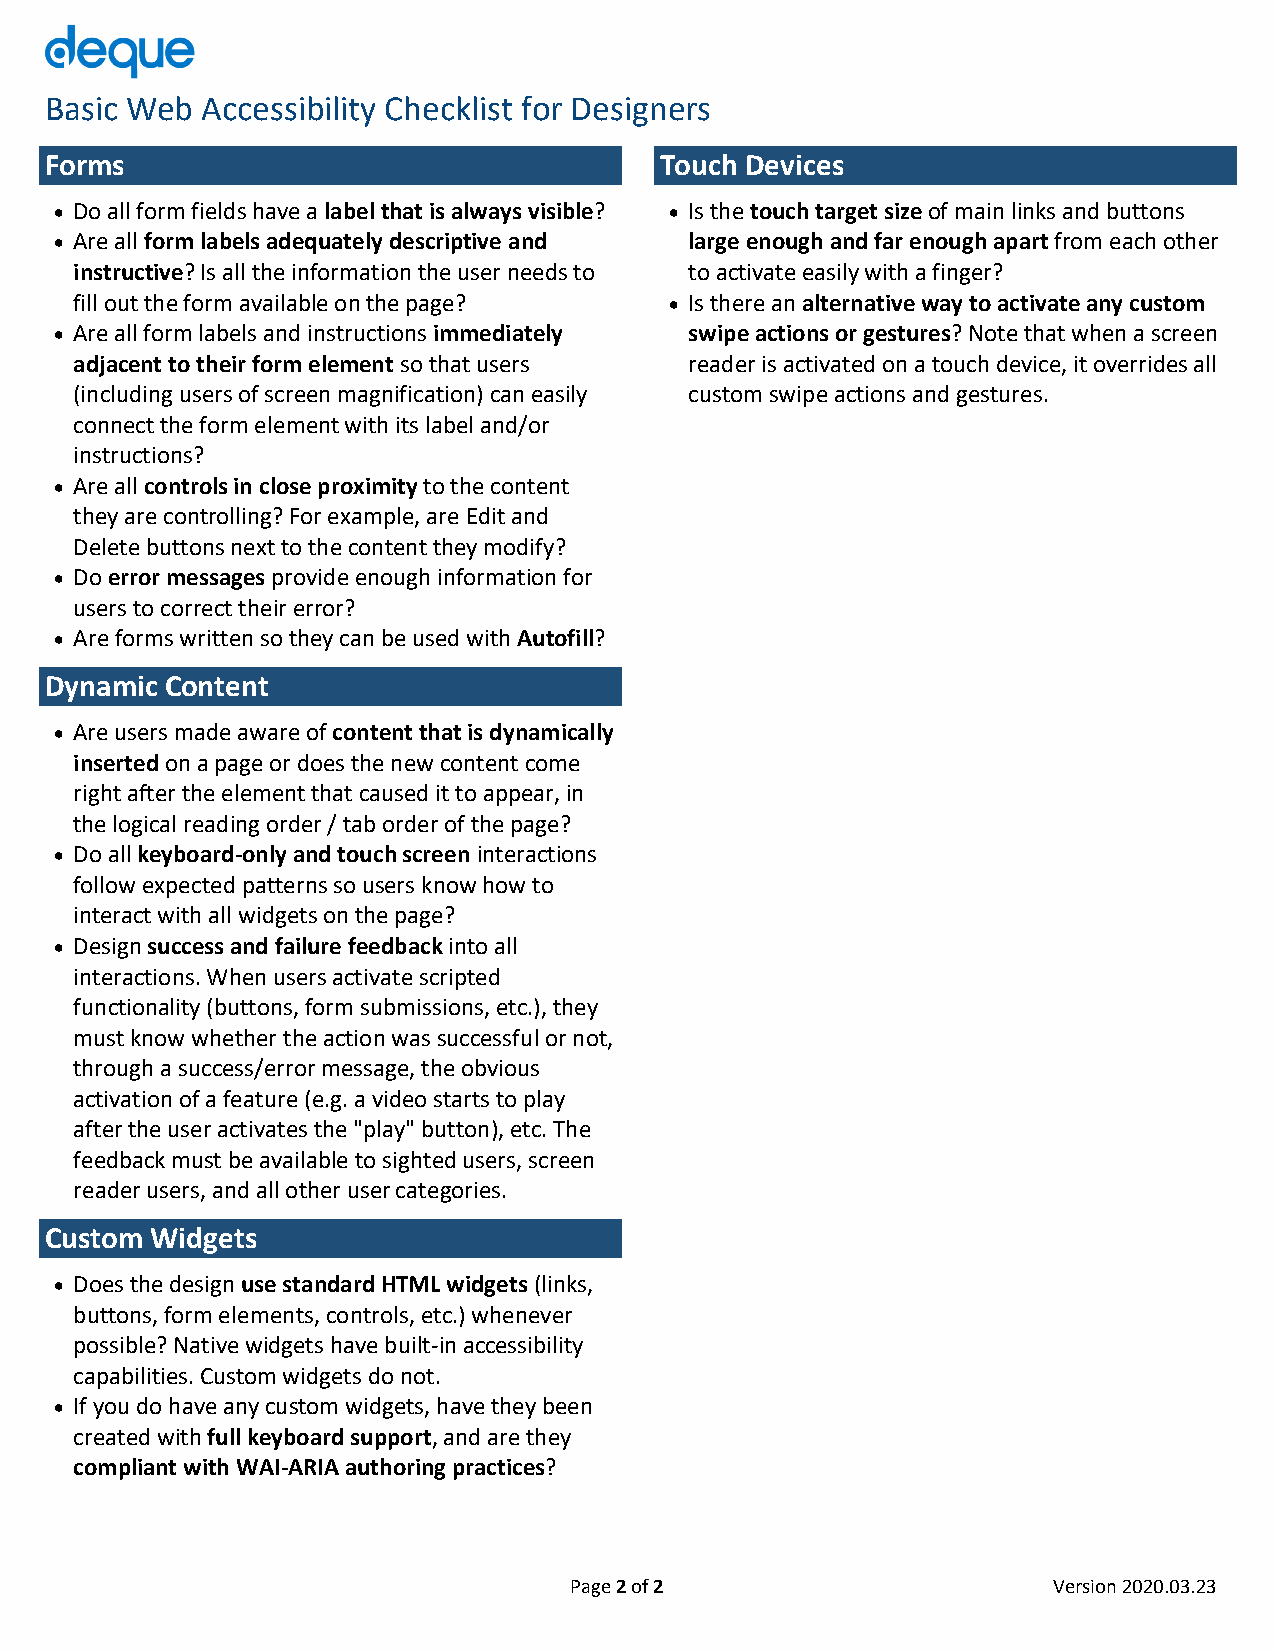
Basic Web Accessibility Checklist for Designers
 Forms                                    Touch Devices
 • Do all form fields have a label that is always visible? • Is the touch target size of main links and buttons
 • Are all form labels adequately descriptive and large enough and far enough apart from each other
 instructive? Is all the information the user needs to to activate easily with a finger?
 fill out the form available on the page? • Is there an alternative way to activate any custom
 • Are all form labels and instructions immediately swipe actions or gestures? Note that when a screen
 adjacent to their form element so that users reader is activated on a touch device, it overrides all
 (including users of screen magnification) can easily custom swipe actions and gestures.
 connect the form element with its label and/or
 instructions?
 • Are all controls in close proximity to the content
 they are controlling? For example, are Edit and
 Delete buttons next to the content they modify?
 • Do error messages provide enough information for
 users to correct their error?
 • Are forms written so they can be used with Autofill?
 Dynamic Content
 • Are users made aware of content that is dynamically
 inserted on a page or does the new content come
 right after the element that caused it to appear, in
 the logical reading order / tab order of the page?
 • Do all keyboard-only and touch screen interactions
 follow expected patterns so users know how to
 interact with all widgets on the page?
 • Design success and failure feedback into all
 interactions. When users activate scripted
 functionality (buttons, form submissions, etc.), they
 must know whether the action was successful or not,
 through a success/error message, the obvious
 activation of a feature (e.g. a video starts to play
 after the user activates the "play" button), etc. The
 feedback must be available to sighted users, screen
 reader users, and all other user categories.
 Custom Widgets
 • Does the design use standard HTML widgets (links,
 buttons, form elements, controls, etc.) whenever
 possible? Native widgets have built-in accessibility
 capabilities. Custom widgets do not.
 • If you do have any custom widgets, have they been
 created with full keyboard support, and are they
 compliant with WAI-ARIA authoring practices?
 Page 2 of 2                     Version 2020.03.23